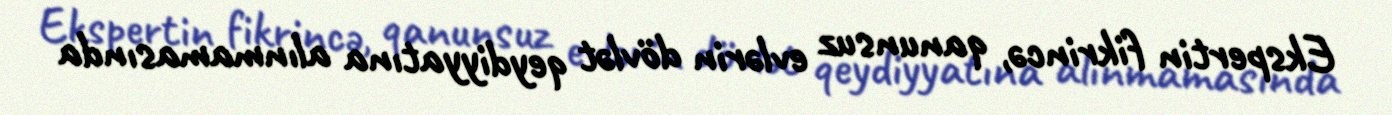
Ekspertin fikrincə, qanunsuz evlərin dövlət qeydiyyatına alınmamasında